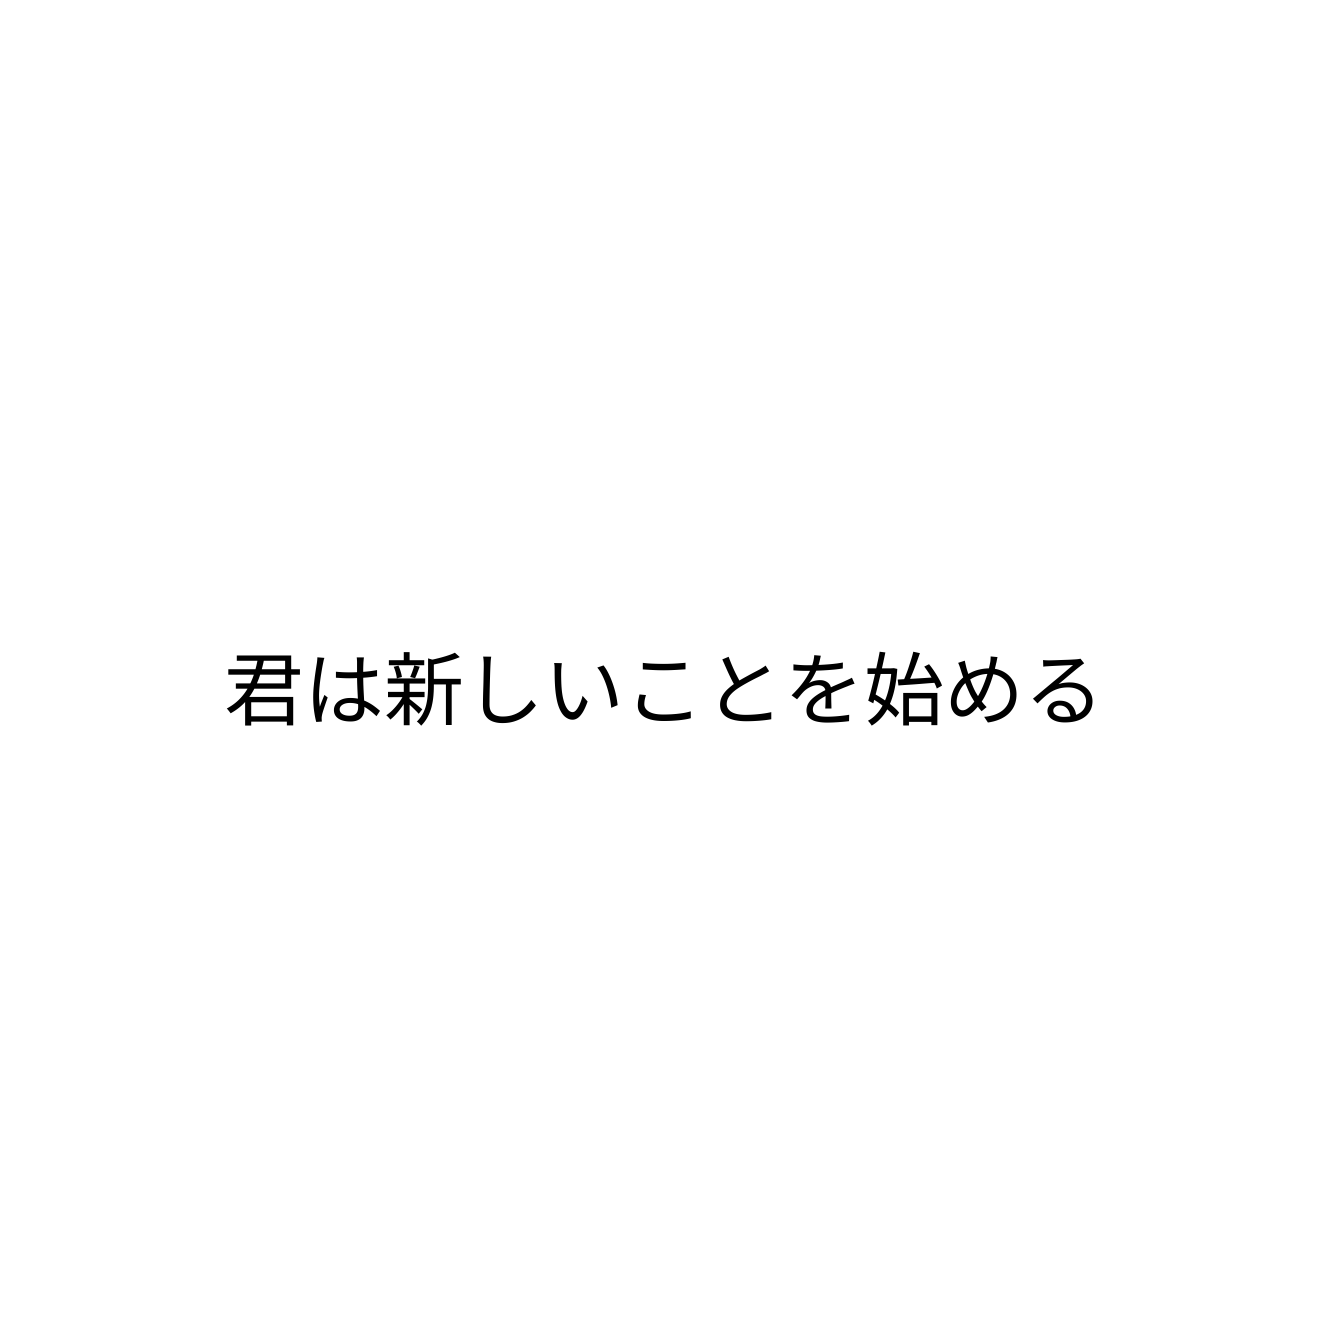
君は新しいことを始める